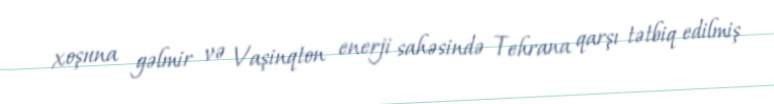
xoşuna gəlmir və Vaşinqton enerji sahəsində Tehrana qarşı tətbiq edilmiş